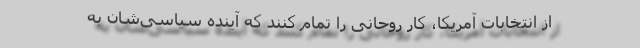
از انتخابات آمریکا، کار روحانی را تمام کنند که آینده سیاسی‌شان به